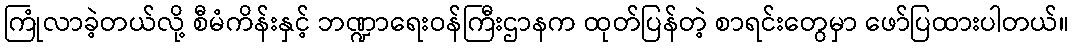
ကြုံလာခဲ့တယ်လို့ စီမံကိန်းနှင့် ဘဏ္ဍာရေးဝန်ကြီးဌာနက ထုတ်ပြန်တဲ့ စာရင်းတွေမှာ ဖော်ပြထားပါတယ်။